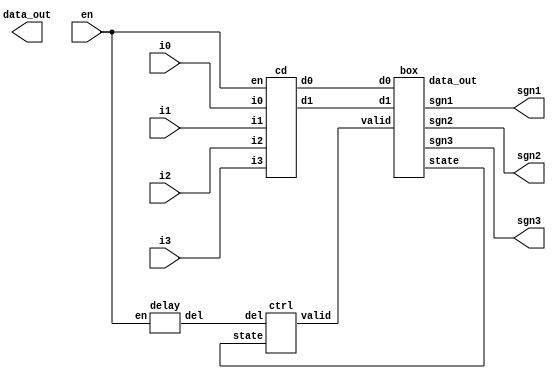
module block1(en,i0,i1,i2,i3,sgn1,sgn2,sgn3,data_out);
    input en, i0,i1,i2,i3;
    output [1:0] sgn1, sgn2;
    output sgn3; 
    output [3:0] data_out;
    reg [3:0] data_out;
    wire i0,i1,i2,i3,en,del,valid,d0,d1,sgn3;
    wire [1:0] sgn1, sgn2;
    wire [3:0] d_out;
    wire state;
    delay delay1(.en(en),.del(del));
    cd cd1(.en(en),.i0(i0),.i1(i1),.i2(i2),.i3(i3),.d0(d0),.d1(d1));
    ctrl ctrl1(.del(del),.state(state),.valid(valid));
    box box1(.valid(valid),.d0(d0),.d1(d1),.state(state),.sgn1(sgn1),.sgn2(sgn2),.sgn3(sgn3),.data_out(d_out));
endmodule
module delay(en,del);
    input en;
    output del;   
endmodule
module cd(en,i0,i1,i2,i3,d0,d1);
    input en,i0,i1,i2,i3;
    output d0,d1;
endmodule
module ctrl(del,state,valid);
    input del,state;
    output valid;
endmodule
module box(valid,d0,d1,state,sgn1,sgn2,sgn3,data_out);
    input valid,d0,d1;
    output [1:0] sgn1,sgn2;
    output sgn3,state;
    output[3:0] data_out;
endmodule